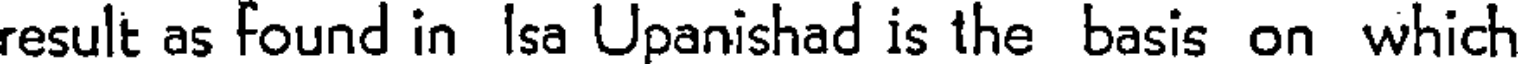
result as Found in Isa Upanishad is the basis on which